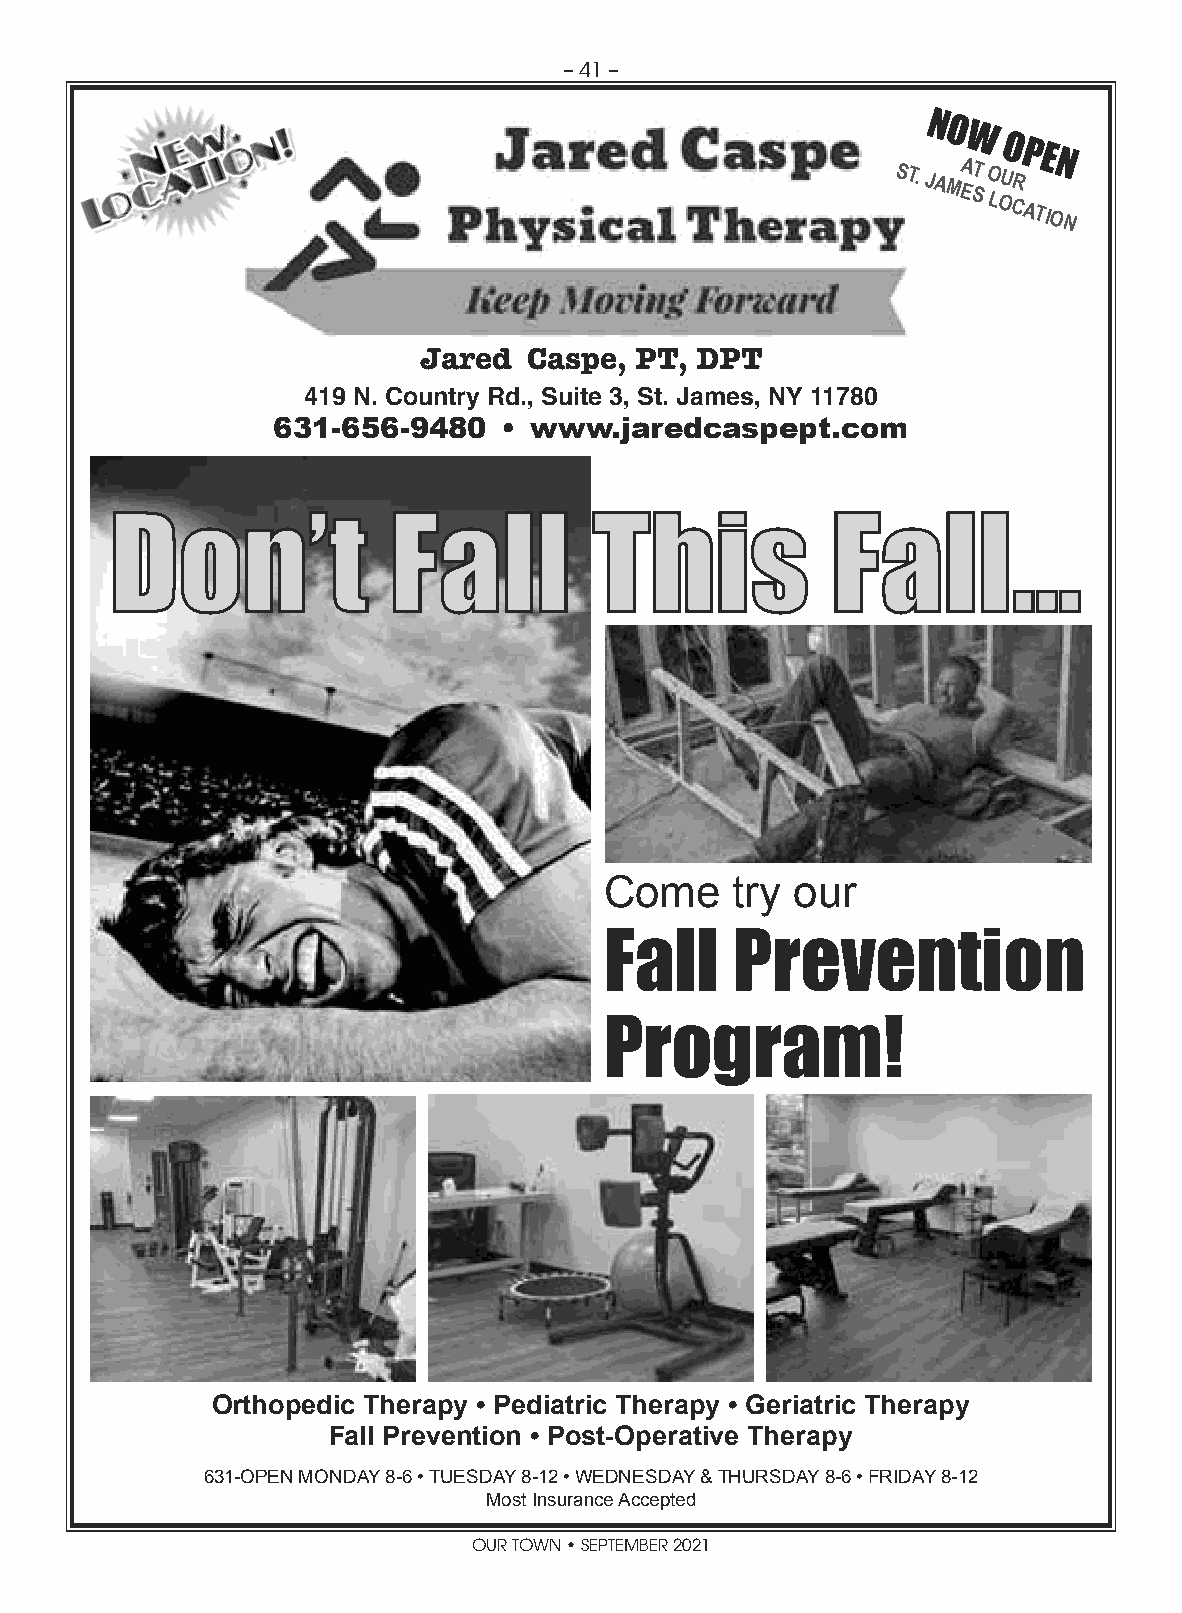
– 41 –
 NO
 ST.
 JAMEAW
 T
 S
 O
 L
 OUO CRP
 A
 TE ION
 N
 Jared  Caspe, PT, DPT
 419 N. Country Rd., Suite 3, St. James, NY 11780
 631-656-9480   • www.jaredcaspept.com
 DDoonn’’tt         FFaallll     TThhiiss        FFaallll......
 Come    try our
 Fall    Prevention
 Program!
 Orthopedic Therapy • Pediatric Therapy • Geriatric Therapy
 Fall Prevention • Post-Operative Therapy
 631-OPEN MONDAY 8-6 • TUESDAY 8-12 • WEDNESDAY & THURSDAY 8-6 • FRIDAY 8-12
 Most Insurance Accepted
 OUR TOWN • SEPTEMBER 2021